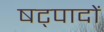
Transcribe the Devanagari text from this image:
षट्पादों